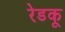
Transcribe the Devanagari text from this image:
रेडकू